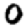
Digit: 0